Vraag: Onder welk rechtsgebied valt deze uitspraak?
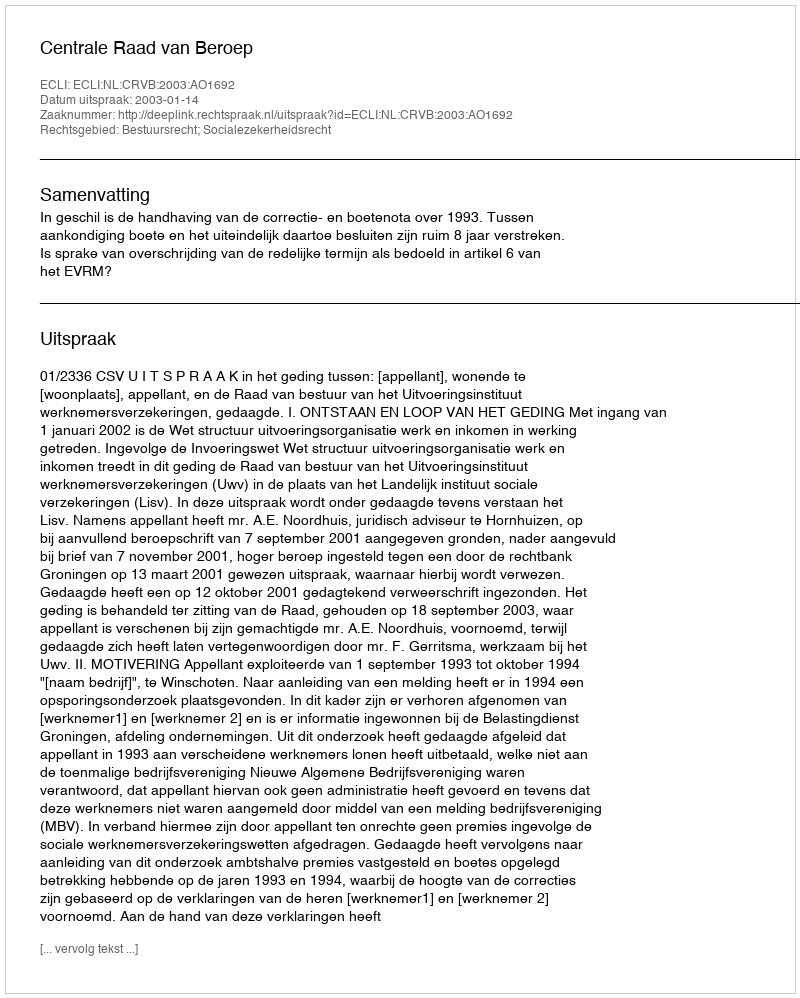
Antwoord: Bestuursrecht; Socialezekerheidsrecht